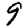
Digit: 9